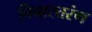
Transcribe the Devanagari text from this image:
विचारतरंग